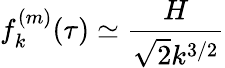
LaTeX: f_{k}^{(m)}(\tau)\simeq\frac{H}{\sqrt{2}k^{3/2}}